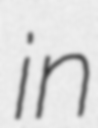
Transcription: in